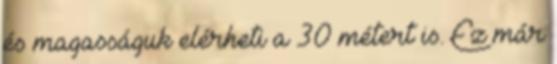
és magasságuk elérheti a 30 métert is. Ez már